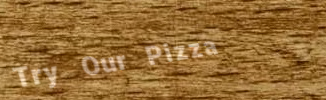
Try Our Pizza